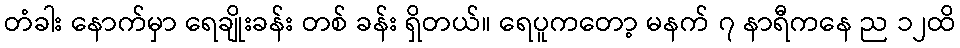
တံခါး နောက်မှာ ရေချိုးခန်း တစ် ခန်း ရှိတယ်။ ရေပူကတော့ မနက် ၇ နာရီကနေ ည ၁၂ထိ